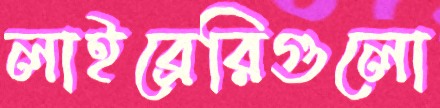
লাইব্রেরিগুলো